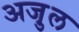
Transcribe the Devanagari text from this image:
अजु़ल